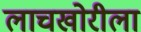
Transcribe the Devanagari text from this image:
लाचखोरीला